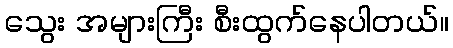
သွေး အများကြီး စီးထွက်နေပါတယ်။